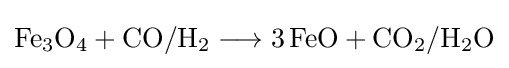
{\mathrm {Fe} {\vphantom {A}}_{\smash[{t}]{3}}\mathrm {O} {\vphantom {A}}_{\smash[{t}]{4}}{}+{}\mathrm {CO} /\mathrm {H} {\vphantom {A}}_{\smash[{t}]{2}}{}\mathrel {\longrightarrow } {}3\,\mathrm {FeO} {}+{}\mathrm {CO} {\vphantom {A}}_{\smash[{t}]{2}}/\mathrm {H} {\vphantom {A}}_{\smash[{t}]{2}}\mathrm {O} }